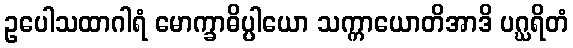
ဥပေါသထာဂါရံ မောက္ခာဓိပ္ပါယော သက္ကာယောတိအာဒိ ပဂ္ဃရိတံ